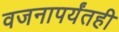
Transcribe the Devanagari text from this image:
वजनापर्यंतही